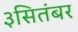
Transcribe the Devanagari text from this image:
३सितंबर